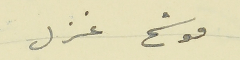
موشح غزل